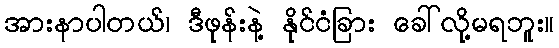
အားနာပါတယ်၊ ဒီဖုန်းနဲ့ နိုင်ငံခြား ခေါ်လို့မရဘူး။